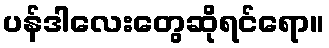
ပန်ဒါလေးတွေဆိုရင်ရော။